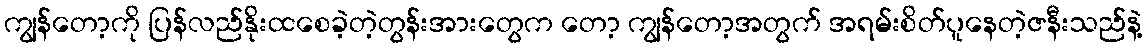
ကျွန်တော့ကို ပြန်လည်နိုးထစေခဲ့တဲ့တွန်းအားတွေက တော့ ကျွန်တော့အတွက် အရမ်းစိတ်ပူနေတဲ့ဇနီးသည်နဲ့